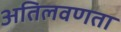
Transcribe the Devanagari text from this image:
अतिलवणता